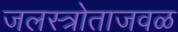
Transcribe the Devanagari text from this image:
जलस्त्रोताजवळ